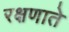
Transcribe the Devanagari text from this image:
रक्षणाते